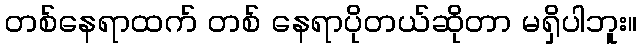
တစ်နေရာထက် တစ် နေရာပိုတယ်ဆိုတာ မရှိပါဘူး။